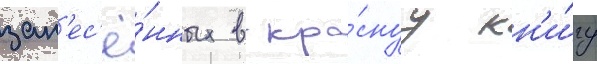
зан'ес'ё́нных в кра́снуу кн'и́гу